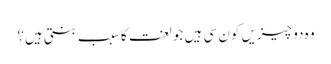
وہ دو چیزیں کون سی ہیں جو لعنت کا سبب بنتی ہیں؟